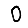
Digit: 0